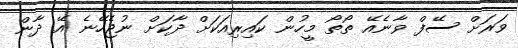
ވަރަށް ސޭފް ވާނެއޭ ތޯތޯ މީހުން ކައިރިއަކަށް ދާކަށް ނުޖެހޭނެ އޭ ދާން